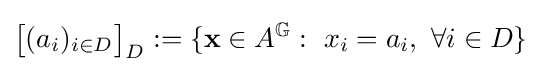
{\big [}(a_{i})_{i\in D}{\big ]}_{D}:=\{\mathbf {x} \in A^{\mathbb {G} }:\ x_{i}=a_{i},\ \forall i\in D\}